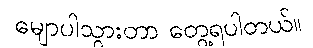
မျောပါသွားတာ တွေ့ရပါတယ်။